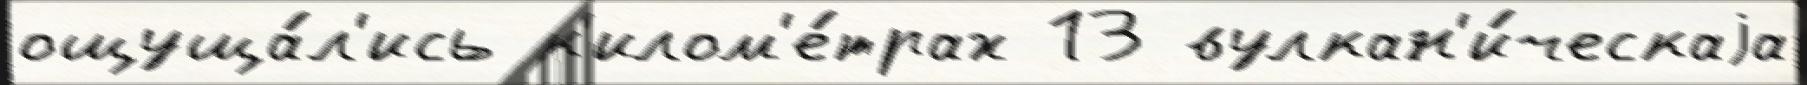
ощуща́л'ись к'илом'е́трах 13 вулкан'и́ческаjа